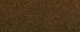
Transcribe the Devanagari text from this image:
अक्षराचाच